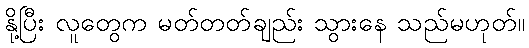
နို့ပြီး လူတွေက မတ်တတ်ချည်း သွားနေ သည်မဟုတ်။